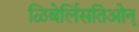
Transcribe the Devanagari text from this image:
ळिबेर्लिसतिओन्